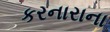
કરનારાના